Report on sanitation, dispensaries, and jails in Rajputana for 1920, and on vaccination for the year 1920-1921 - 1920-1921
Year: 1920
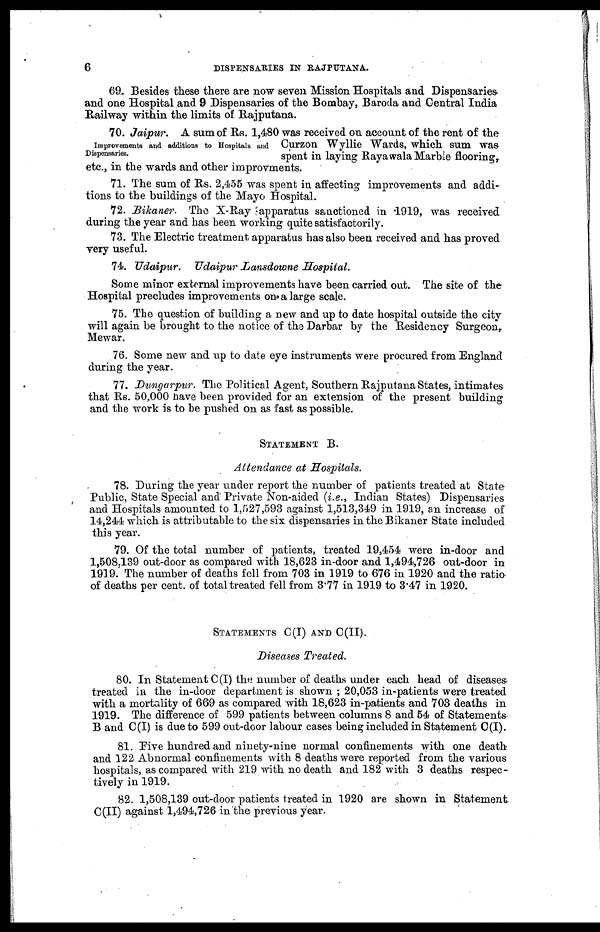
6
DISPENSARIES IN RAJPUTANA.
69. Besides these there are now seven Mission Hospitals and Dispensaries
and one Hospital and 9 Dispensaries of the Bombay, Baroda and Central India
Railway within the limits of Rajputana.
Improvements and additions to Hospitals and
Dispensaries.
70. Jaipur. A sum of Rs. 1,480 was received on account of the rent of the
Curzon Wyllie Wards, which sum was
spent in laying Rayawala Marble flooring,
etc., in the wards and other improvments.
71. The sum of Rs. 2,455 was spent in affecting improvements and addi-
tions to the buildings of the Mayo Hospital.
72. Bikaner. The X-Ray apparatus sanctioned in 1919, was received
during the year and has been working quite satisfactorily.
73. The Electric treatment apparatus has also been received and has proved
very useful.
74. Udaipur. Udaipur Lansdowne Hospital.
Some minor external improvements have been carried out. The site of the
Hospital precludes improvements on a large scale.
75. The question of building a new and up to date hospital outside the city
will again be brought to the notice of the Darbar by the Residency Surgeon,
Mewar.
76. Some new and up to date eye instruments were procured from England
during the year.
77. Dungarpur. The Political Agent, Southern Rajputana States, intimates
that Rs. 50,000 have been provided for an extension of the present building
and the work is to be pushed on as fast as possible.
STATEMENT B.
Attendance at Hospitals.
78. During the year under report the number of patients treated at State
Public, State Special and Private Non-aided (i.e., Indian States) Dispensaries
and Hospitals amounted to 1,527,593 against 1,513,349 in 1919, an increase of
14,244 which is attributable to the six dispensaries in the Bikaner State included
this year.
79. Of the total number of patients, treated 19,454 were in-door and
1,508,139 out-door as compared with 18,623 in-door and 1,494,726 out-door in
1919. The number of deaths fell from 703 in 1919 to 676 in 1920 and the ratio
of deaths per cent. of total treated fell from 3.77 in 1919 to 3.47 in 1920.
STATEMENTS C(I) AND C(II).
Diseases Treated.
80. In Statement C (I) the number of deaths under each head of diseases
treated in the in-door department is shown ; 20,053 in-patients were treated
with a mortality of 669 as compared with 18,623 in-patients and 703 deaths in
1919. The difference of 599 patients between columns 8 and 54 of Statements
B and C(I) is due to 599 out-door labour cases being included in Statement C(I).
81. Five hundred and ninety-nine normal confinements with one death
and 122 Abnormal confinements with 8 deaths were reported from the various
hospitals, as compared with 219 with no death and 182 with 3 deaths respec-
tively in 1919.
82. 1,508,139 out-door patients treated in 1920 are shown in Statement
C(II) against 1,494,726 in the previous year.